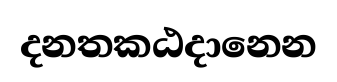
දනතකඨදානෙන